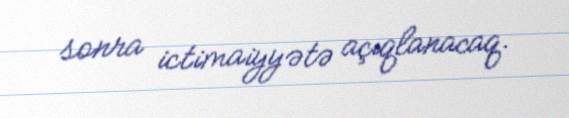
sonra ictimaiyyətə açıqlanacaq.